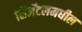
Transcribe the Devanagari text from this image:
सिअॅटलमधील